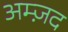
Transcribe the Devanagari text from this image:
अम्ज़द